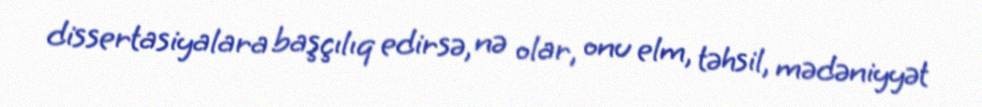
dissertasiyalara başçılıq edirsə, nə olar, onu elm, təhsil, mədəniyyət